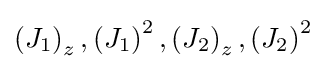
\left(J_{1}\right)_{z},\left(J_{1}\right)^{2},\left(J_{2}\right)_{z},\left(J_{2}\right)^{2}